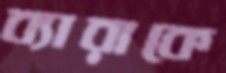
ব্যারাকে